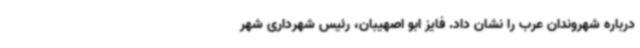
درباره شهروندان عرب را نشان داد. فایز ابو اصهیبان، رئیس شهرداری شهر